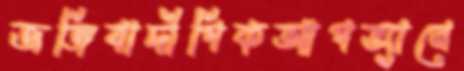
জঙ্গিবাদীপিকআপভ্যানে